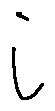
i